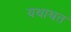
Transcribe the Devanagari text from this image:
यथाथत